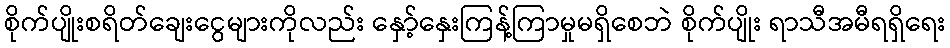
စိုက်ပျိုးစရိတ်ချေးငွေများကိုလည်း နှော့်နှေးကြန့်ကြာမှုမရှိစေဘဲ စိုက်ပျိုး ရာသီအမီရရှိရေး